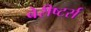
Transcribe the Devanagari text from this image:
बेरीष्टर्स